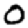
Digit: 0